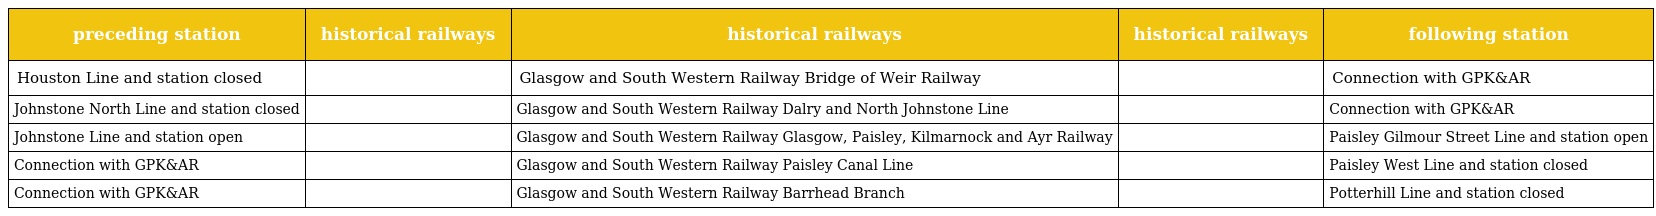
| preceding station | historical railways | historical railways | historical railways | following station |
 | --- | --- | --- | --- | --- |
 | Houston Line and station closed |  | Glasgow and South Western Railway Bridge of Weir Railway |  | Connection with GPK&AR |
 | Johnstone North Line and station closed |  | Glasgow and South Western Railway Dalry and North Johnstone Line |  | Connection with GPK&AR |
 | Johnstone Line and station open |  | Glasgow and South Western Railway Glasgow, Paisley, Kilmarnock and Ayr Railway |  | Paisley Gilmour Street Line and station open |
 | Connection with GPK&AR |  | Glasgow and South Western Railway Paisley Canal Line |  | Paisley West Line and station closed |
 | Connection with GPK&AR |  | Glasgow and South Western Railway Barrhead Branch |  | Potterhill Line and station closed |